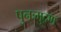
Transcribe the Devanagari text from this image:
पुनःमुद्रण